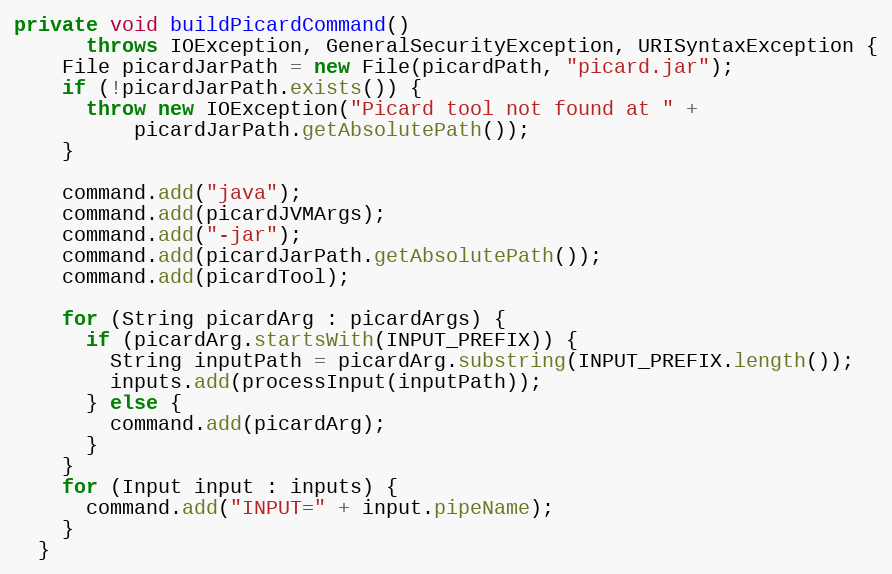
Language: Java
private void buildPicardCommand()
      throws IOException, GeneralSecurityException, URISyntaxException {
    File picardJarPath = new File(picardPath, "picard.jar");
    if (!picardJarPath.exists()) {
      throw new IOException("Picard tool not found at " +
          picardJarPath.getAbsolutePath());
    }

    command.add("java");
    command.add(picardJVMArgs);
    command.add("-jar");
    command.add(picardJarPath.getAbsolutePath());
    command.add(picardTool);

    for (String picardArg : picardArgs) {
      if (picardArg.startsWith(INPUT_PREFIX)) {
        String inputPath = picardArg.substring(INPUT_PREFIX.length());
        inputs.add(processInput(inputPath));
      } else {
        command.add(picardArg);
      }
    }
    for (Input input : inputs) {
      command.add("INPUT=" + input.pipeName);
    }
  }